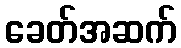
ခေတ်အဆက်